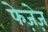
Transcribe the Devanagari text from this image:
फेज़ेज़